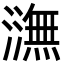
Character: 㶃